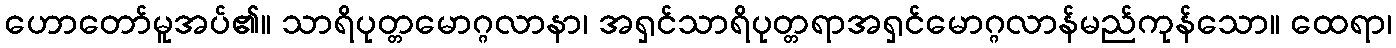
ဟောတော်မူအပ်၏။ သာရိပုတ္တမောဂ္ဂလာနာ၊ အရှင်သာရိပုတ္တရာအရှင်မောဂ္ဂလာန်မည်ကုန်သော။ ထေရာ၊